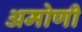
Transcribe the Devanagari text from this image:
अमोणी